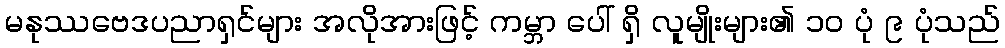
မနုဿဗေဒပညာရှင်များ အလိုအားဖြင့် ကမ္ဘာ ပေါ် ရှိ လူမျိုးများ၏ ၁၀ ပုံ ၉ ပုံသည်